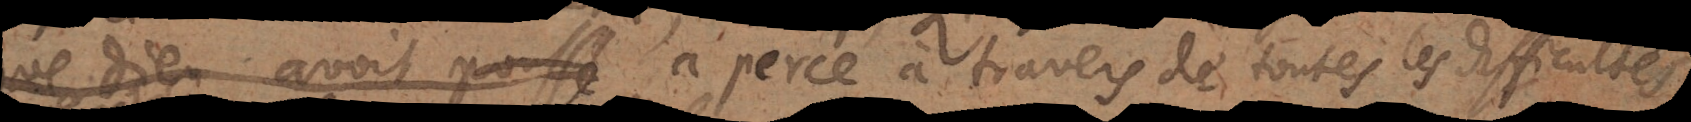
de courage a percé à travers de toutes les difficultés